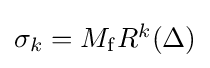
\textstyle \sigma _{k}=M_{\mathrm {f} }R^{k}(\Delta )